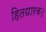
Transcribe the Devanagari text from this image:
हितधारक।